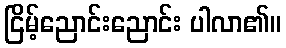
ငြိမ့်ညောင်းညောင်း ပါလာ၏။